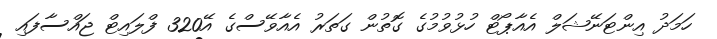
ހަމަދު އިންޓަނޭޝަލް އެއާޕޯޓް ހުޅުވުމުގެ ގޮތުން ގަތަރު އެއާވޭސްގެ އޭ320 ފްލައިޓް ޖައްސާފައި